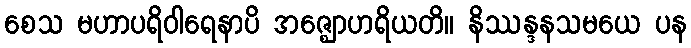
စေသ မဟာပရိဝါရေနာပိ အဇ္ဈောဟရိယတိ။ နိဿန္ဒနသမယေ ပန